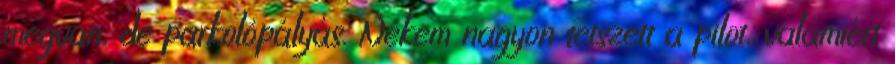
megvan, de parkolópályás. Nekem nagyon tetszett a pilot, valamiért